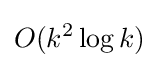
O(k^{2}\log k)